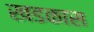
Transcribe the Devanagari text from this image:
खडकास